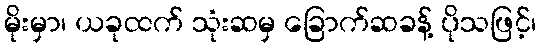
မိုးမှာ၊ ယခုထက် သုံးဆမှ ခြောက်ဆခန့် ပိုသဖြင့်၊